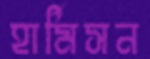
হার্মিসন